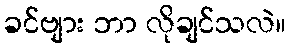
ခင်ဗျား ဘာ လိုချင်သလဲ။